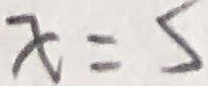
x = 5